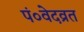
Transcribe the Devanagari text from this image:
पं०वेदव्रत